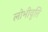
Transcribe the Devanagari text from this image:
लोभीवृत्ति